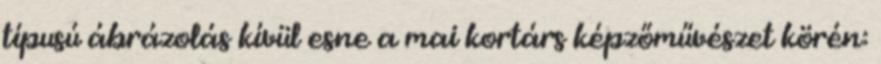
típusú ábrázolás kívül esne a mai kortárs képzőművészet körén: